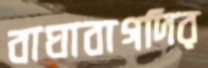
বাঘাবাগদির